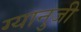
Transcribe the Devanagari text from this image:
ग्यानुजी